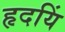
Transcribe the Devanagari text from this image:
हृदयिं